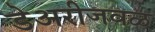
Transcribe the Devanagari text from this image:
डेअरीजवळ